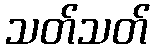
သတ်သတ်